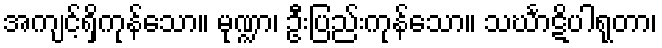
အကျင့်ရှိကုန်သော။ မုဏ္ဍာ၊ ဦးပြည်းကုန်သော။ သင်္ဃာဋိပါရုတာ၊